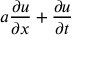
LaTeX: a { \frac { \partial u } { \partial x } } + { \frac { \partial u } { \partial t } }